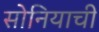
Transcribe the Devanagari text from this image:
सोनियाची